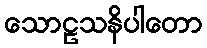
သောဠသနိပါတော